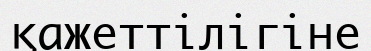
қажеттілігіне